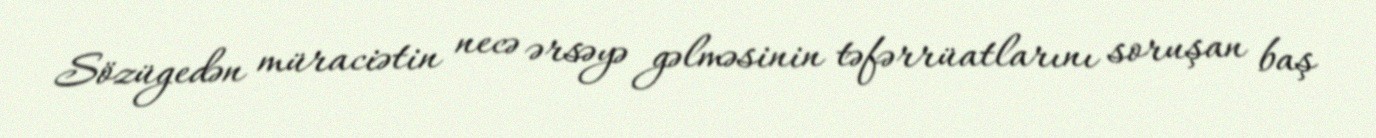
Sözügedən müraciətin necə ərsəyə gəlməsinin təfərrüatlarını soruşan baş